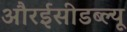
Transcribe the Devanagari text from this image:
औरईसीडब्ल्यू